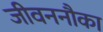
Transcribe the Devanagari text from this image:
जीवननौका